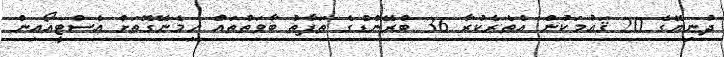
ދުނިޔޭގެ 20 ޤައުމަކުން އެތެރެކުރާ 36 ބްރޭންޑްގެ ތަފާތު ބާވަތްތައް ހިމެނޭގޮތަށް އެސްޓީއޯއިން